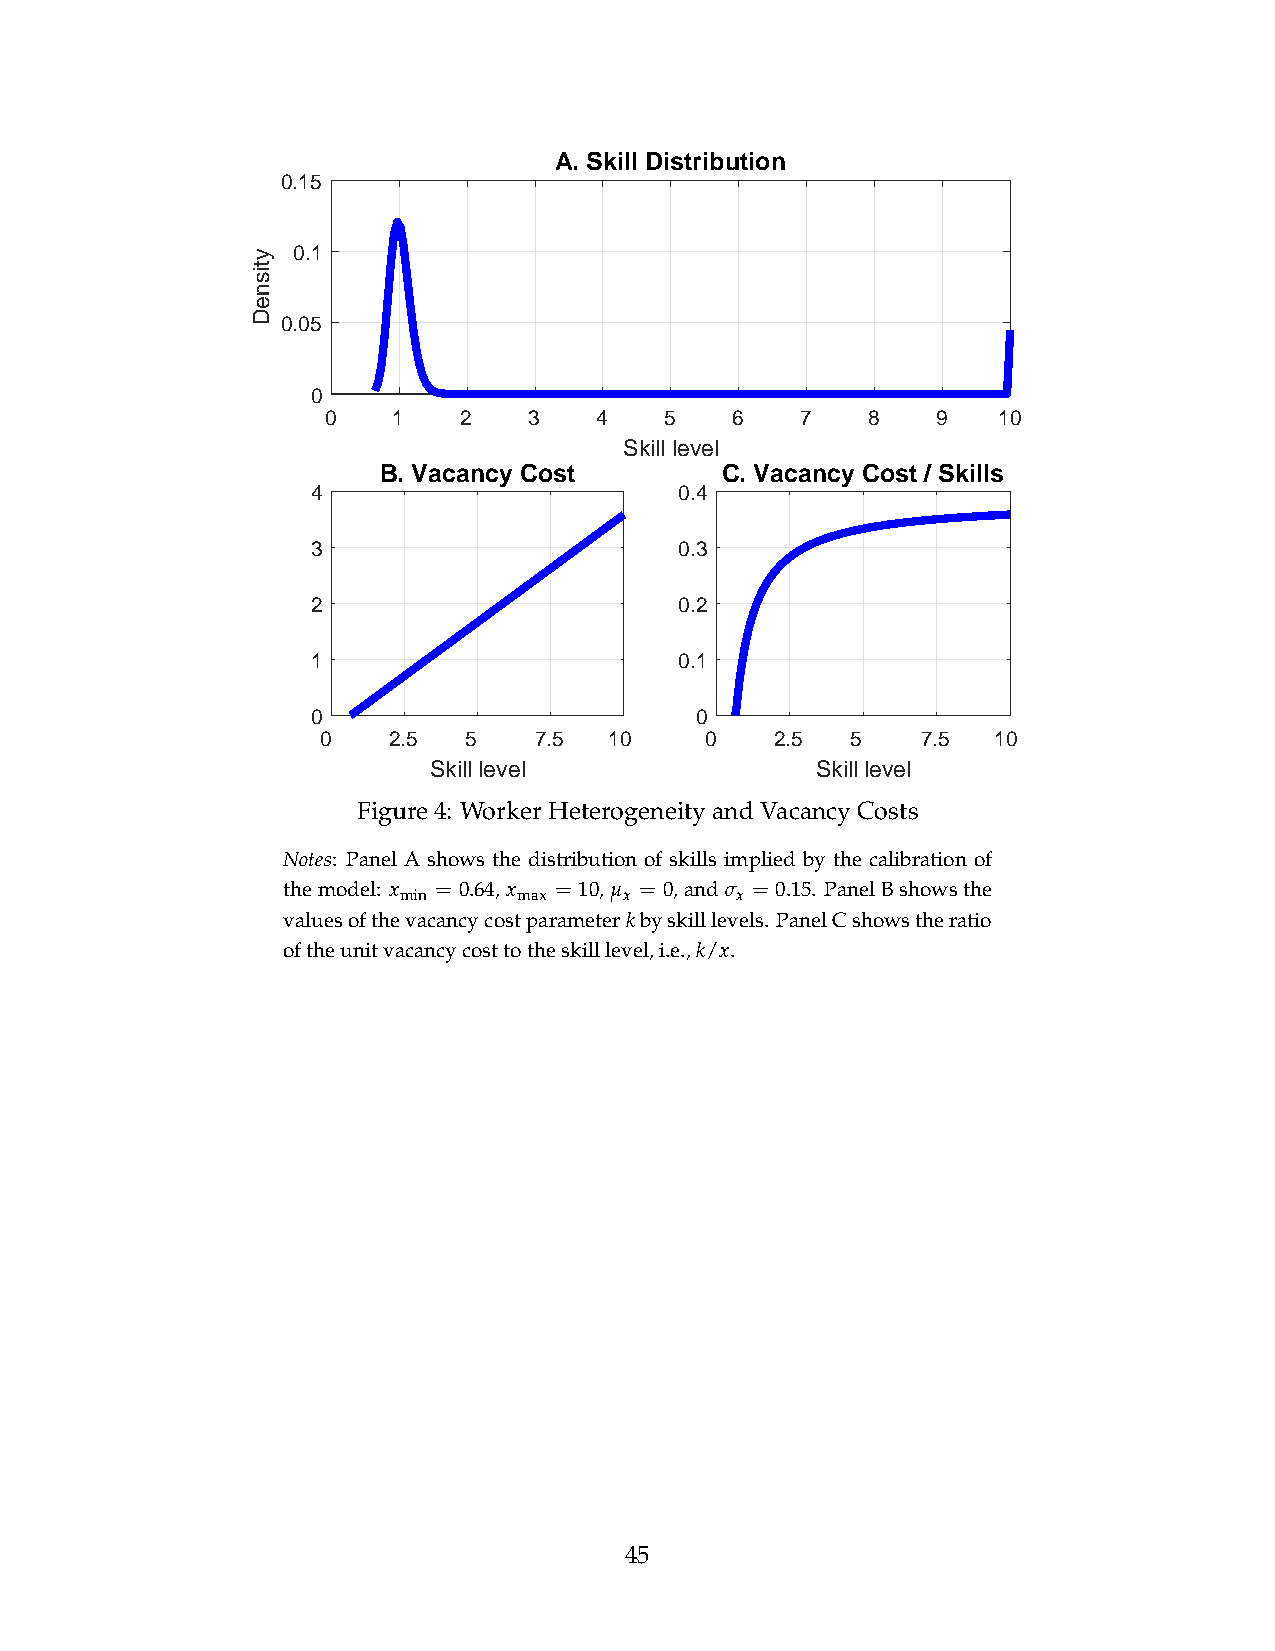
A. Skill Distribution
 0.15
 0.1
 0.05
 0
 0   1    2   3    4   5   6    7   8    9   10
 Skill level
 B. Vacancy Cost        C. Vacancy Cost / Skills
 4                       0.4
 3                       0.3
 2                       0.2
 1                       0.1
 0                        0
 0    2.5  5   7.5  10     0   2.5  5    7.5  10
 Skill level               Skill level
 Figure4: WorkerHeterogeneityandVacancyCosts
 Notes: Panel A shows the distribution of skills implied by the calibration of
 themodel: x = 0.64, x = 10,µ = 0,andσ = 0.15. PanelBshowsthe
 min     max    x       x
 valuesofthevacancycostparameterkbyskilllevels. PanelCshowstheratio
 oftheunitvacancycosttotheskilllevel,i.e.,k/x.
 45
 ytisneD